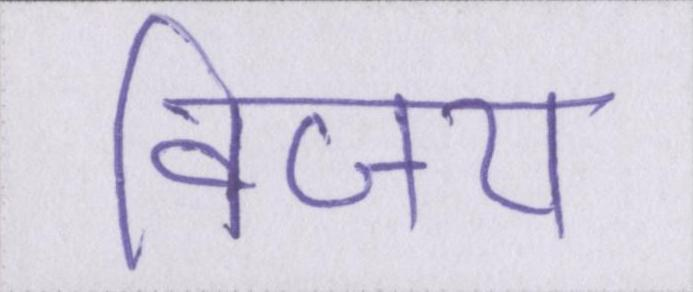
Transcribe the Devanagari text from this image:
विजय